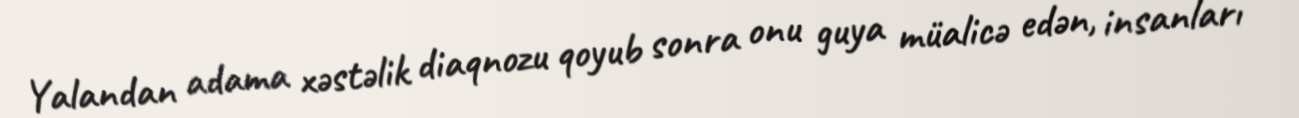
Yalandan adama xəstəlik diaqnozu qoyub sonra onu guya müalicə edən, insanları